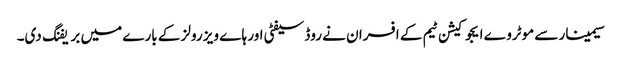
سیمینار سے موٹروے ایجوکیشن ٹیم کے افسران نے روڈ سیفٹی اور ہا ے ویز رولز کے بارے میں بریفنگ دی۔